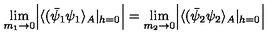
\lim _ { m _ { 1 } \rightarrow 0 } \Bigl | \langle ( \bar { \psi } _ { 1 } \psi _ { 1 } \rangle _ { A } | _ { h = 0 } \Bigr | = \lim _ { m _ { 2 } \rightarrow 0 } \Bigl | \langle ( \bar { \psi } _ { 2 } \psi _ { 2 } \rangle _ { A } | _ { h = 0 } \Bigr |